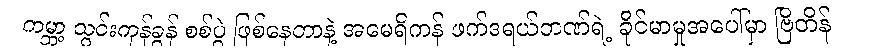
ကမ္ဘာ့ သွင်းကုန်ခွန် စစ်ပွဲ ဖြစ်နေတာနဲ့ အမေရိကန် ဖက်ဒရယ်ဘဏ်ရဲ့ ခိုင်မာမှုအပေါ်မှာ ဗြိတိန်